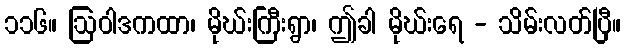
၁၁၆။ ဩဝါဒကထာ၊ မိုဃ်းကြီးရွာ၊ ဤခါ မိုဃ်းရေ - သိမ်းလတ်ပြီ။